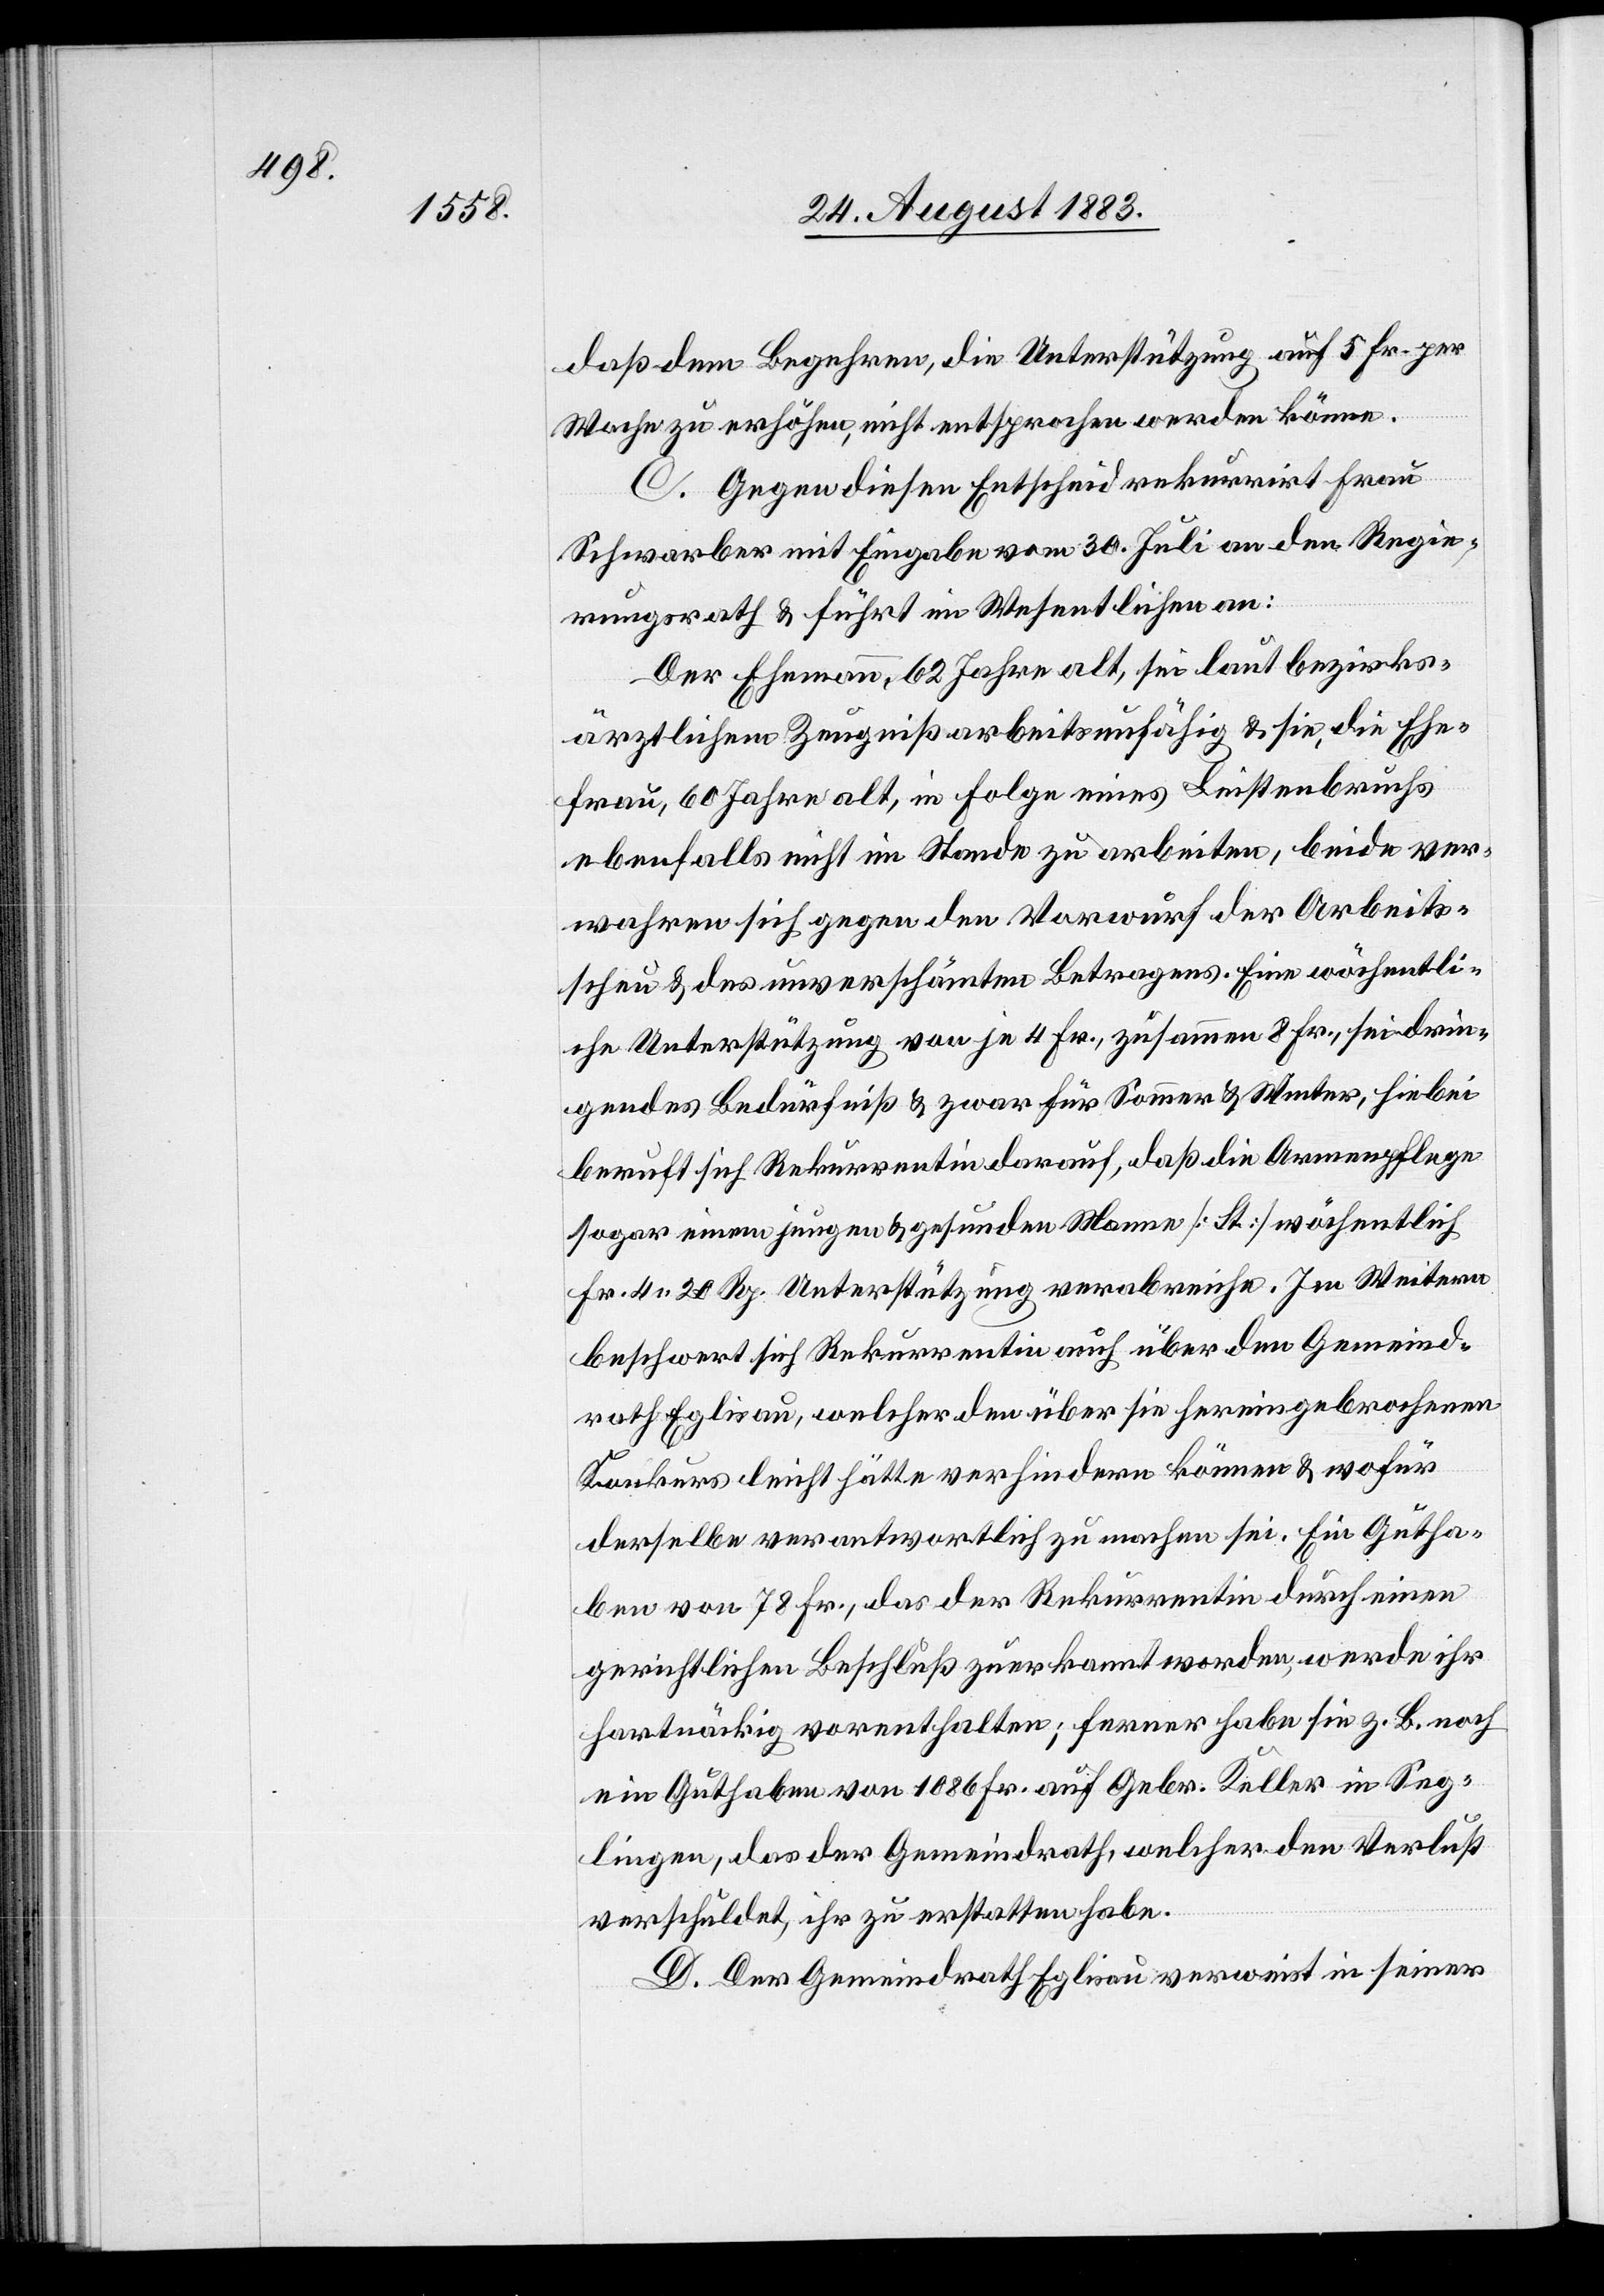
daß dem Begehren, die Unterstützung auf 5 Fr. per
Woche zu erhöhen, nicht entsprochen werden könne.
C. Gegen diesen Entscheid rekurrirt Frau
Schwarber mit Eingabe vom 30. Juli an den Regie¬
rungsrath & führt im Wesentlichen an:
Der Ehemann, 62 Jahre alt, sei laut bezirks¬
ärztlichem Zeugniß arbeitsunfähig & sie, die Ehe¬
frau, 60 Jahre alt, in Folge eines Leistenbruches
ebenfalls nicht im Stande zu arbeiten, beide ver¬
wahren sich gegen den Vorwurf der Arbeits¬
scheu & des unverschämten Betragens. Eine wöchentli¬
che Unterstützung von je 4 Fr., zusammen 8 Fr., sei drin¬
gendes Bedürfniß & zwar für Sommer & Winter, hiebei
beruft sich Rekurrentin darauf, daß die Armenpflege
sogar einem jungen & gesunden Manne [St.] wöchentlich
Fr. 4 20 Rp. Unterstützung verabreiche. Im Weitern
beschwert sich Rekurrentin auch über den Gemeind¬
rath Eglisau, welcher den über sie hiereingebrochenen
Konkurs leicht hätte verhindern können & wofür
derselbe verantwortlich zu machen sei. Ein Gutha¬
ben von 78 Fr., das der Rekurrentin durch einen
gerichtlichen Beschluß zuerkannt worden, werde ihr
hartnäckig vorenthalten; ferner habe sie z. B. noch
ein Guthaben von 1086 Fr. auf Gebr. Keller in Seg¬
lingen, das der Gemeindrath, welcher den Verlust
verschuldet, ihr zu erstatten habe.
D. Der Gemeindrath Eglisau verweist in seiner